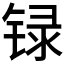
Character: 𲈊